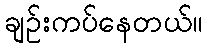
ချဉ်းကပ်နေတယ်။